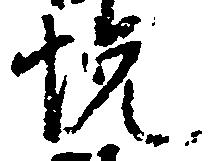
悦